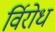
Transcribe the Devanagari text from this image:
र्विरोध